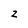
Character: Z